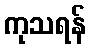
ကုသရန်